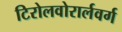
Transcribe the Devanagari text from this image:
टिरोलवोरार्लवर्ग